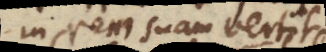
in rem suam vertit